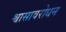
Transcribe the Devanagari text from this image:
श्वासावरोधन